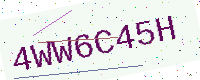
Text: 4WW6C45H